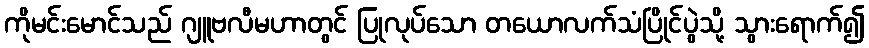
ကိုမင်းမောင်သည် ဂျူဗလီမဟာတွင် ပြုလုပ်သော တယောလက်သံပြိုင်ပွဲသို့ သွားရောက်၍